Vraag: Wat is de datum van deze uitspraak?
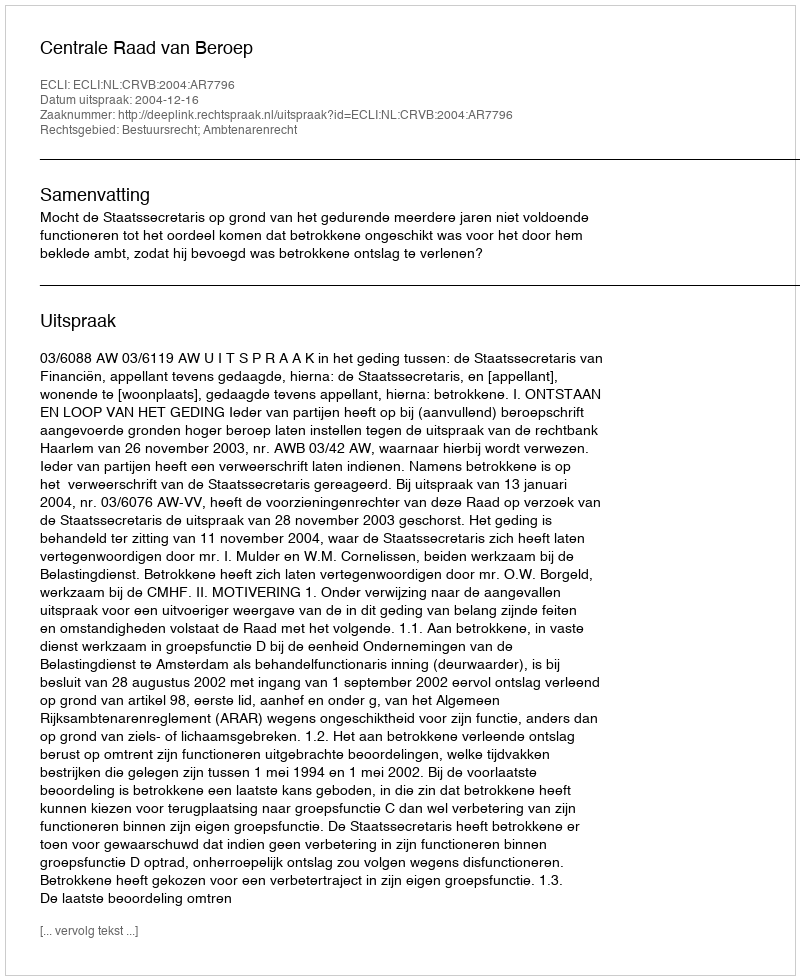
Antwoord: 2004-12-16